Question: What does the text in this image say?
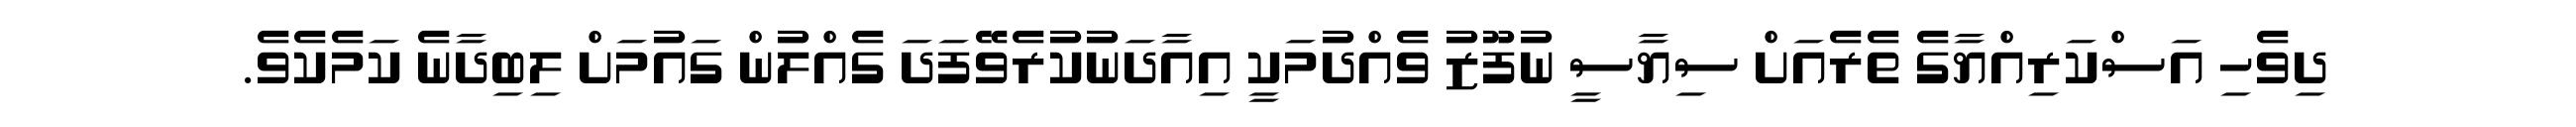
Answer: ދިވެހި އަސްކަރިއްޔާގެ ތެރެއަށް ސިޔާސީ ނުފޫޒު ވެއްދުމަކީ އިއާދަނުކުރެވޭފަދަ ގެއްލުން ގައުމަށް ލިބިދާނެ ކަމެކެވެ.